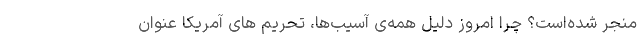
منجر شده‌است؟ چرا امروز دلیل همه‌ی آسیب‌ها، تحریم­ های آمریکا عنوان